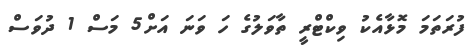
ފުރަތަމަ މޮޅާއެކު ވިކްޓްރީ ތާވަލުގެ ހަ ވަނަ އަށް5 މަސް 1 ދުވަސް